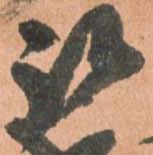
被